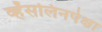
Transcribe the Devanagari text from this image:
व्हॅसलिनपेक्षा